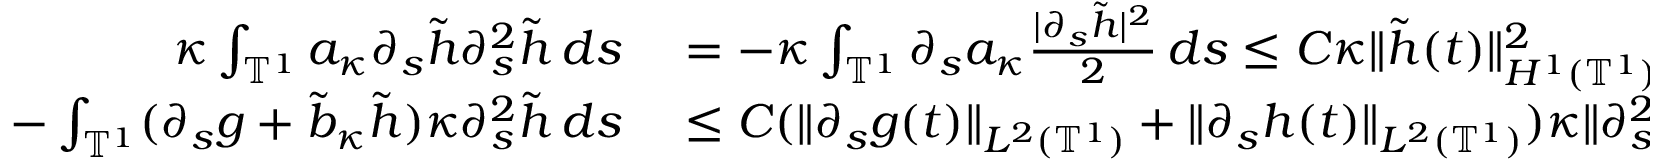
\begin{array} { r l } { \kappa \int _ { \ensuremath { \mathbb { T } } ^ { 1 } } a _ { \kappa } \partial _ { s } \tilde { h } \partial _ { s } ^ { 2 } \tilde { h } \, d s } & { { } = - \kappa \int _ { \ensuremath { \mathbb { T } } ^ { 1 } } \partial _ { s } a _ { \kappa } \frac { | \partial _ { s } \tilde { h } | ^ { 2 } } 2 \, d s \leq C \kappa \| \tilde { h } ( t ) \| _ { H ^ { 1 } ( \ensuremath { \mathbb { T } } ^ { 1 } ) } ^ { 2 } , } \\ { - \int _ { \ensuremath { \mathbb { T } } ^ { 1 } } ( \partial _ { s } g + \tilde { b } _ { \kappa } \tilde { h } ) \kappa \partial _ { s } ^ { 2 } \tilde { h } \, d s } & { { } \leq C ( \| \partial _ { s } g ( t ) \| _ { L ^ { 2 } ( \ensuremath { \mathbb { T } } ^ { 1 } ) } + \| \partial _ { s } h ( t ) \| _ { L ^ { 2 } ( \ensuremath { \mathbb { T } } ^ { 1 } ) } ) \kappa \| \partial _ { s } ^ { 2 } \tilde { h } ( t ) \| _ { L ^ { 2 } ( \ensuremath { \mathbb { T } } ^ { 1 } ) } . } \end{array}